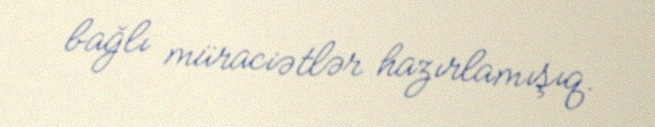
bağlı müraciətlər hazırlamışıq.